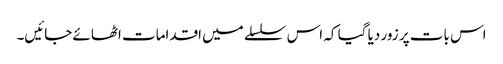
اس بات پر زور دیا گیا کہ اس سلسلے میں اقدامات اٹھائے جائیں۔